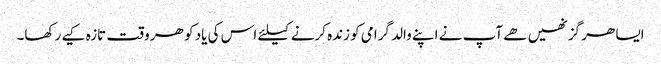
ایسا ھر گز نھیں ھے آپ نے اپنے والد گرامی کو زندہ کرنے کیلئے اس کی یاد کو ھر وقت تازہ کیے رکھا۔